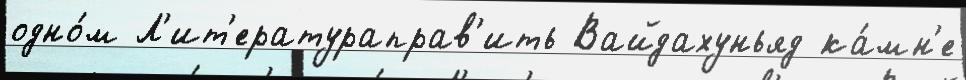
одно́м Л'ит'ератураправ'ить Вайдахуньяд ка́мн'е